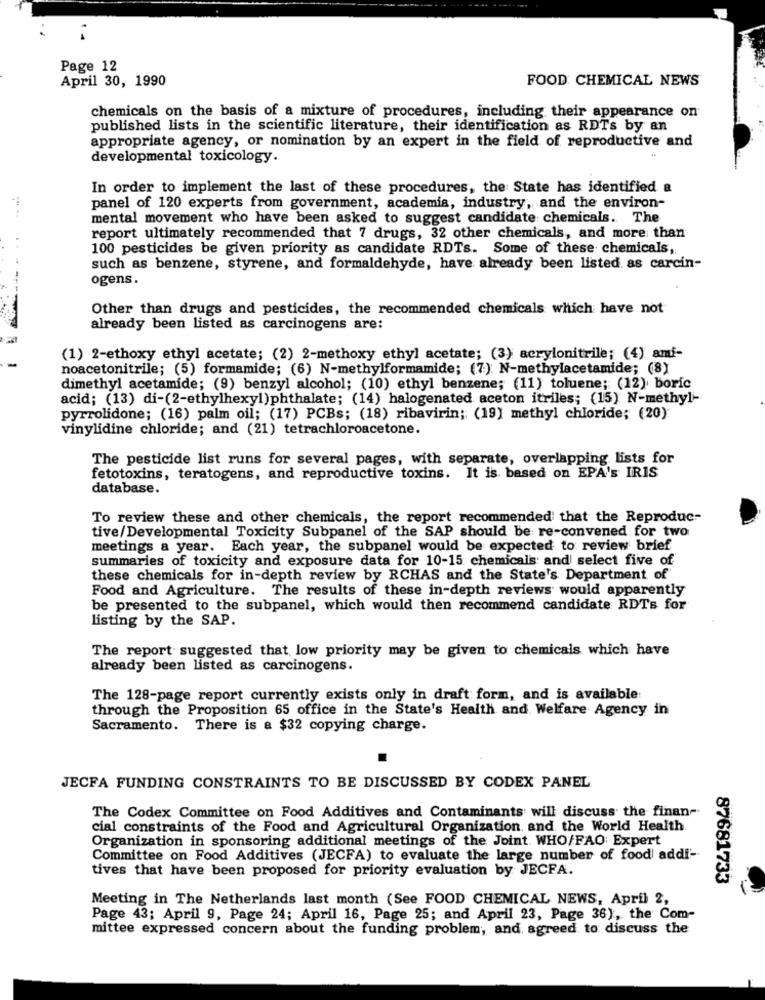
Page 12
April 30, 1990
FOOD CHEMICAL NEWS
chemicals on the basis of a mixture of procedures, including their appearance on
published lists in the scientific literature, their identification as RDTs by an
appropriate agency, or nomination by an expert in the field of reproductive and
developmental toxicology.
In order to implement the last of these procedures, the State has identified a
panel of 120 experts from government, academia, industry, and the environ-
mental movement who have been asked to suggest candidate chemicals. The
report ultimately recommended that 7 drugs, 32 other chemicals, and more than
100 pesticides be given priority as candidate RDTs. Some of these chemicals,
such as benzene, styrene, and formaldehyde, have already been listed as carcin-
ogens.
Other than drugs and pesticides, the recommended chemicals which have not
already been listed as carcinogens are:
(1) 2-ethoxy ethyl acetate; (2) 2-methoxy ethyl acetate; (3) acrylonitrile; (4) ami-
noacetonitrile; (5) formamide; (6) N-methylformamide; (7); N-methylacetamide; (8)
dimethyl acetamide; (9) benzyl alcohol; (10) ethyl benzene; (11) toluene; (12) boric
acid; (13) di-(2-ethylhexyl)phthalate; (14) halogenated aceton itriles; (15) N-methyl-
pyrrolidone; (16) palm oil; (17) PCBs; (18) ribavirin; (19) methyl chloride; (20)
vinylidine chloride; and (21) tetrachloroacetone.
The pesticide list runs for several pages, with separate, overlapping lists for
fetotoxins, teratogens, and reproductive toxins. It is based on EPA's IRIS
database.
To review these and other chemicals, the report recommended that the Reproduc-
tive/Developmental Toxicity Subpanel of the SAP should be re-convened for two
meetings a year. Each year, the subpanel would be expected to review brief
summaries of toxicity and exposure data for 10-15 chemicals and select five of
these chemicals for in-depth review by RCHAS and the State's Department of
Food and Agriculture. The results of these in-depth reviews would apparently
be presented to the subpanel, which would then recommend candidate RDTs for
listing by the SAP.
The report suggested that low priority may be given to chemicals which have
already been listed as carcinogens.
The 128-page report currently exists only in draft form, and is available
through the Proposition 65 office in the State's Health and Welfare Agency in
Sacramento. There is a $32 copying charge.
JECFA FUNDING CONSTRAINTS TO BE DISCUSSED BY CODEX PANEL
The Codex Committee on Food Additives and Contaminants will discuss the finan-
cial constraints of the Food and Agricultural Organization and the World Health.
Organization in sponsoring additional meetings of the Joint WHO/FAO Expert
Committee on Food Additives (JECFA) to evaluate the large number of food addi'-
tives that have been proposed for priority evaluation by JECFA.
87681733
Meeting in The Netherlands last month (See FOOD CHEMICAL NEWS, April 2,
Page 43; April 9, Page 24; April 16, Page 25; and April 23, Page 36), the Com-
mittee expressed concern about the funding problem, and. agreed to discuss the